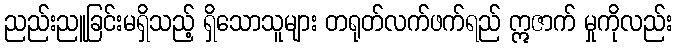
ညည်းညူခြင်းမရှိသည့် ရှိသောသူများ တရုတ်လက်ဖက်ရည် ဣဇာက် မှုကိုလည်း